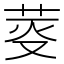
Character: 𦯘